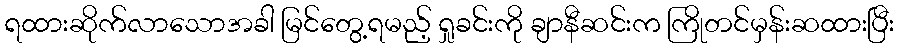
ရထားဆိုက်လာသောအခါ မြင်တွေ့ရမည့် ရှုခင်းကို ချာနီဆင်းက ကြိုတင်မှန်းဆထားပြီး